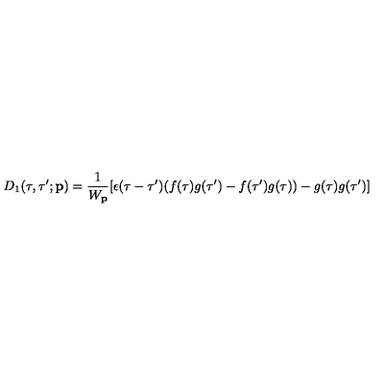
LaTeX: D _ { 1 } ( \tau , \tau ^ { \prime } ; { \bf p } ) = \frac { 1 } { W _ { \bf p } } [ \epsilon ( \tau - \tau ^ { \prime } ) ( f ( \tau ) g ( \tau ^ { \prime } ) - f ( \tau ^ { \prime } ) g ( \tau ) ) - g ( \tau ) g ( \tau ^ { \prime } ) ]